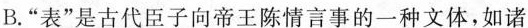
B.”表”是古代臣子向帝王陈情言事的一种文体，如诸